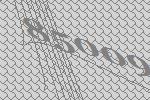
85009